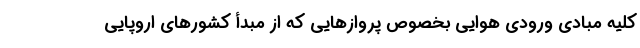
کلیه مبادی ورودی هوایی بخصوص پروازهایی که از مبدأ کشورهای اروپایی